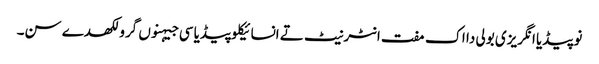
نوپیڈیا انگریزی بولی دا اک مفت انٹرنیٹ تے انسائیکلوپیڈیا سی جیہنوں گرو لکھدے سن۔